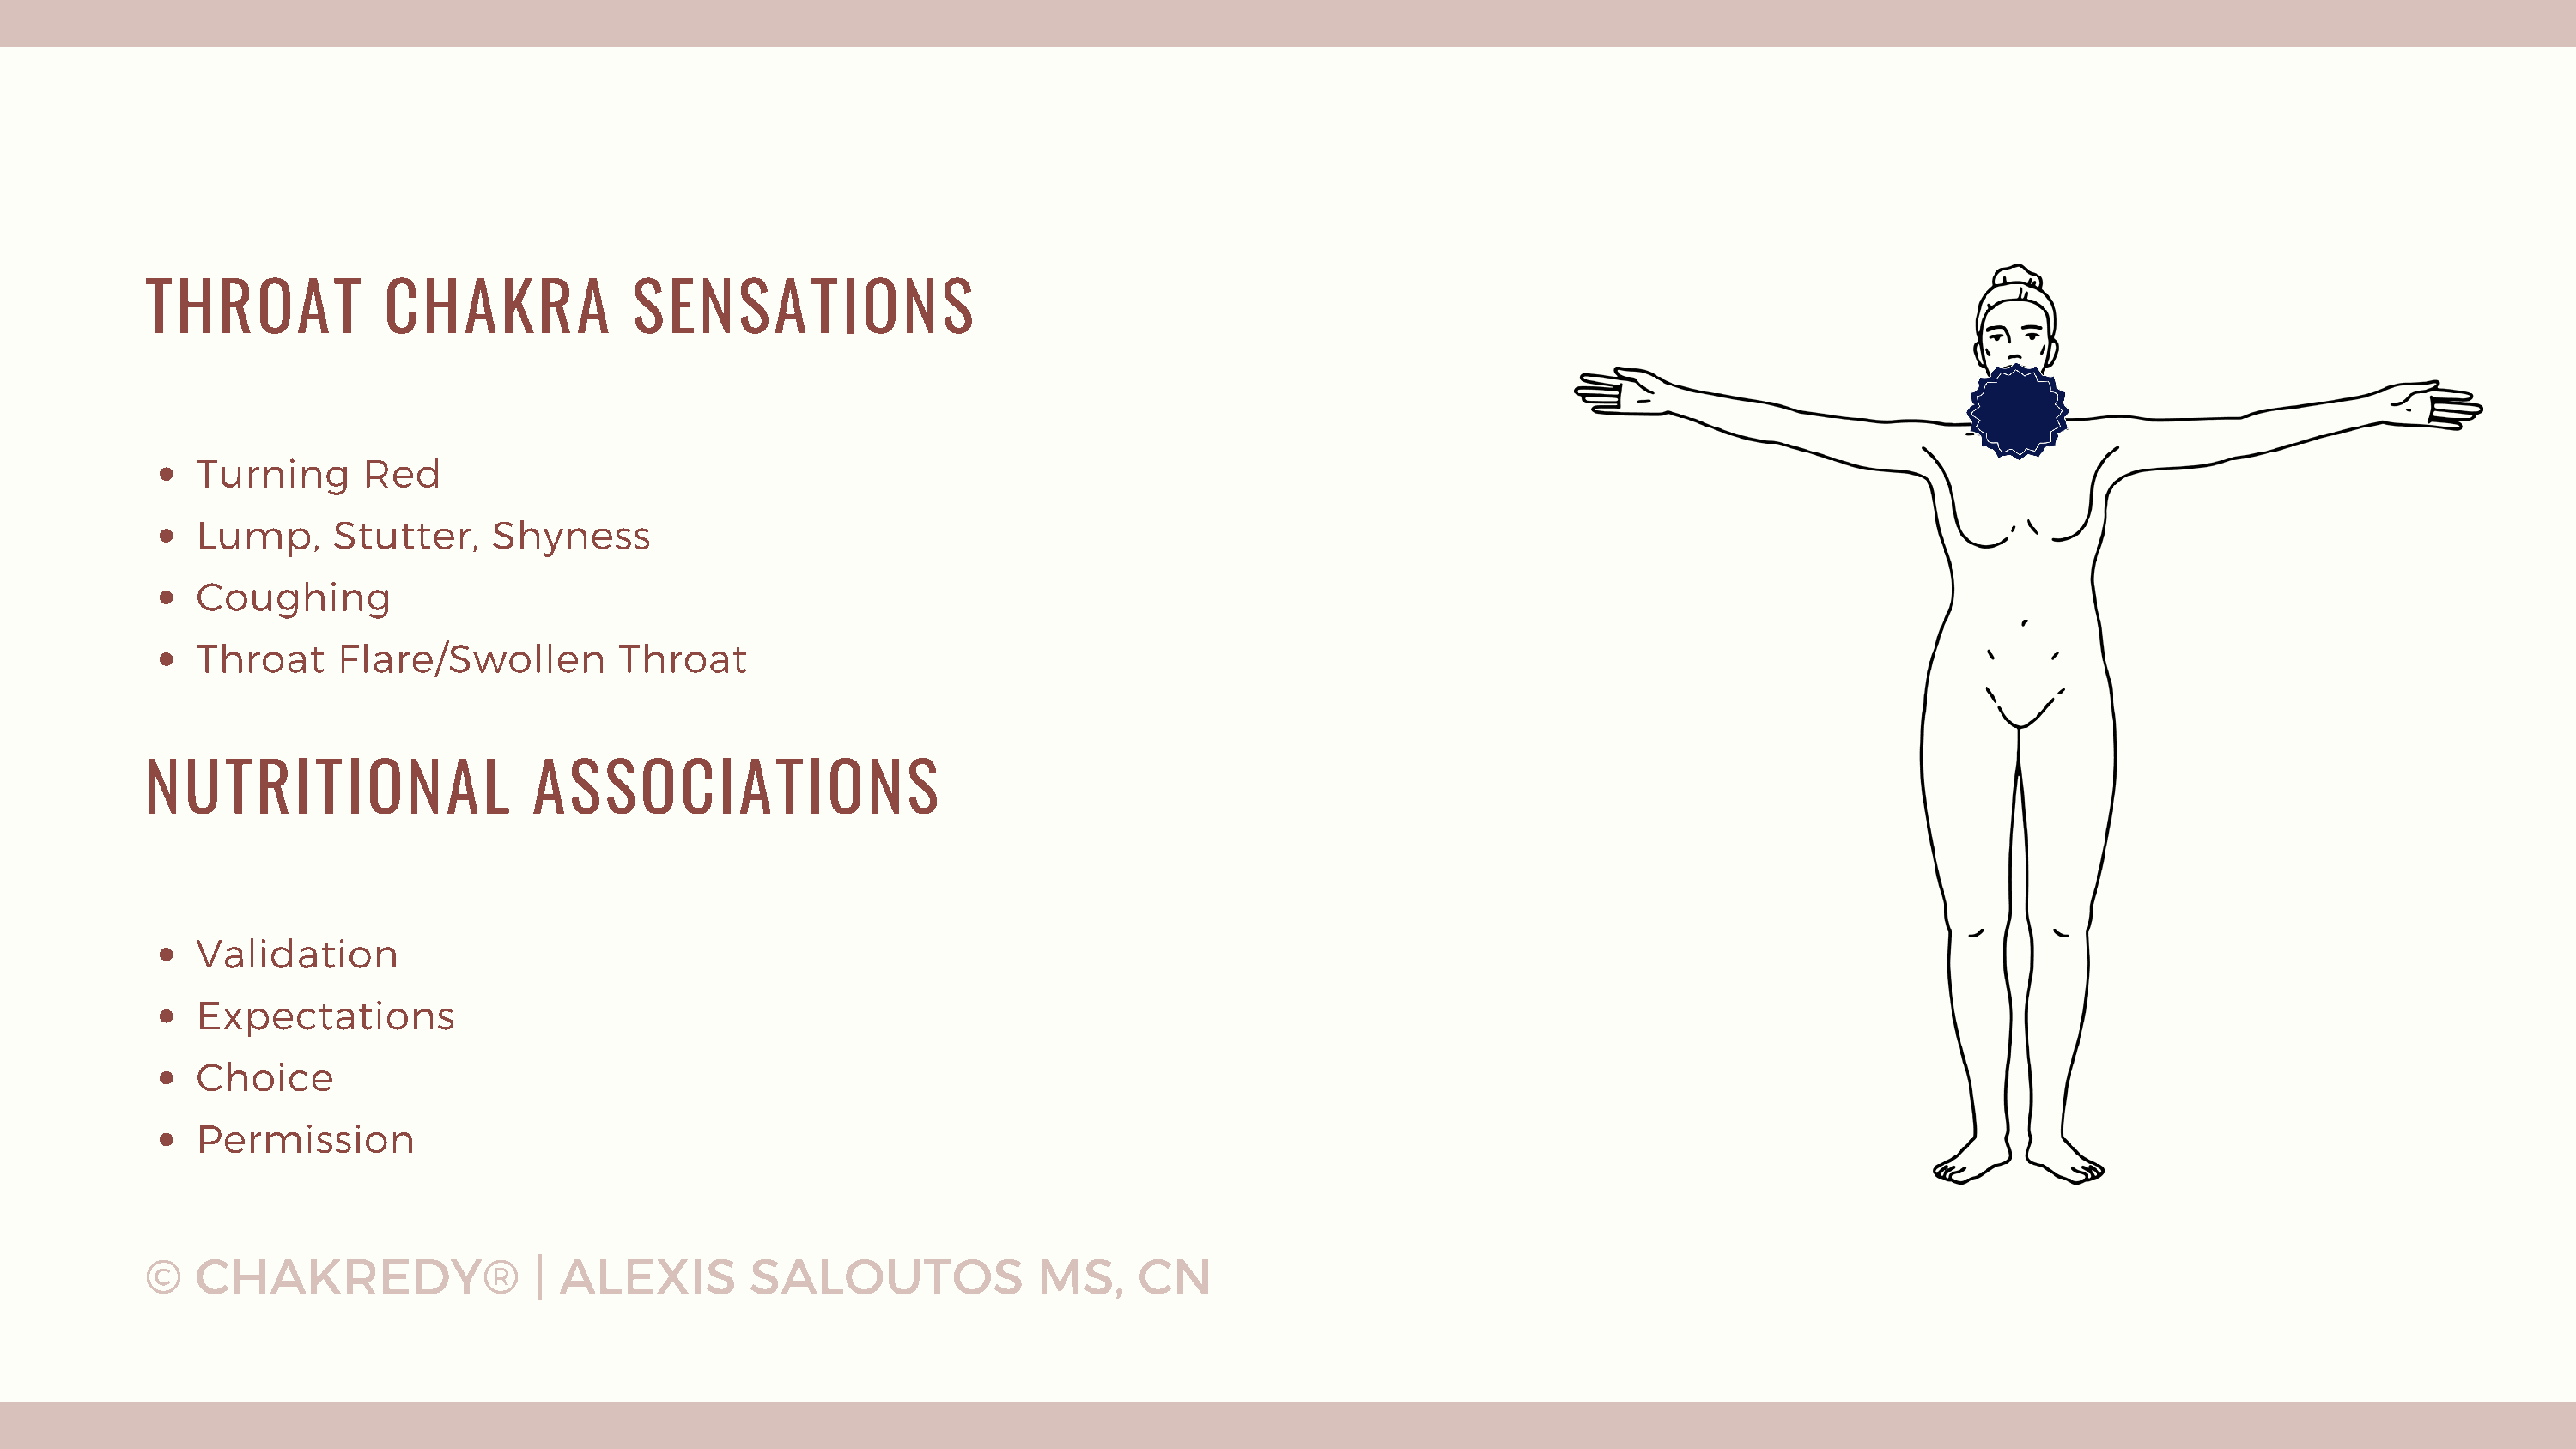
THROAT             CHAKRA             SENSATIONS
 Turning      Red
 Lump,      Stutter,    Shyness
 Coughing
 Throat     Flare/Swollen         Throat
 NUTRITIONAL                   ASSOCIATIONS
 Validation
 Expectations
 Choice
 Permission
 ©   CHAKREDY®                 | ALEXIS         SALOUTOS              MS,     CN